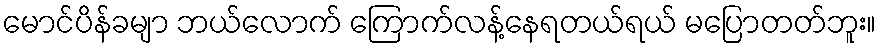
မောင်ပိန်ခမျာ ဘယ်လောက် ကြောက်လန့်နေရတယ်ရယ် မပြောတတ်ဘူး။